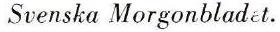
 Svenska Morgonbladet.